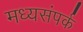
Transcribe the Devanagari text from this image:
मध्यसंपर्क